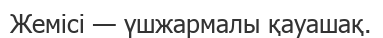
Жемісі — үшжармалы қауашақ.